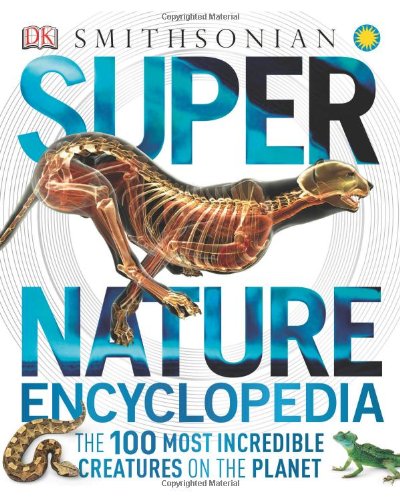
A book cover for Super Nature Encyclopedia; DK Publishing; Reference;